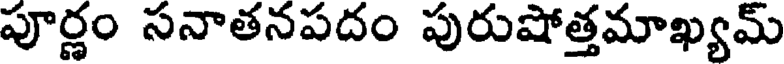
పూర్ణం సనాతనపదం పురుషోత్తమాఖ్యమ్